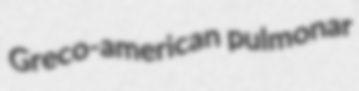
Greco-american pulmonar